Lunatic asylums Central Provinces reports 1874-1885 - 1874-1885
Year: 1874
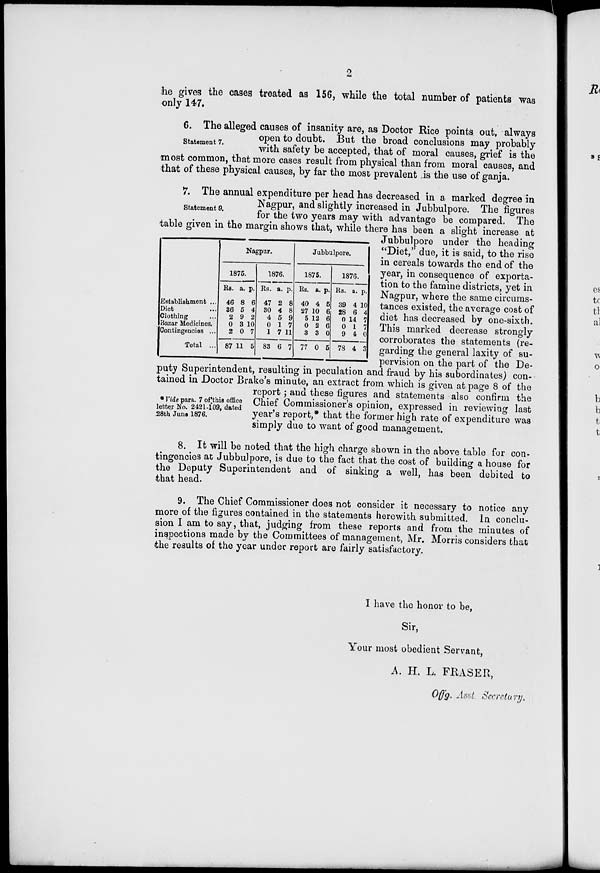
2
he gives the cases treated as 156, while the total number of patients was
only 147.
Statement 7.
6. The alleged causes of insanity are, as Doctor Rice points out, always
open to doubt. But the broad conclusions may probably
with
safety
be
accepted, that of moral causes, grief is the
most common, that more cases result from physical than from moral causes, and
that of these physical causes, by far the most prevalent is the use of ganja.
Statement 9.
Establishment ...
Diet ...
Clothing ...
Bazar Medicines.
Contingencies ...
Total ...
Nagpur.
1875.
Rs.
46
36
2
0
2
87
a.
8
5
9
3
0
11
p.
6
4
2
10
7
5
1876.
Rs.
47
30
4
0
1
83
a.
2
4
5
1
7
6
p.
8
8
9
7
11
7
Jubbulpore.
1875.
Rs.
40
27
5
0
3
77
a.
4
10
12
2
3
0
p.
5
6
6
6
0
5
1876.
Rs.
39
28
0
0
9
78
a.
4
6
14
1
4
4
p.
10
4
7
7
0
3
* Vide para. 7 of this office
letter No. 2421-109, dated
28th June 1876.
7. The annual expenditure per head has decreased in a marked degree in
Nagpur, and slightly increased in Jubbulpore. The figures
for the two years may with advantage be compared. The
table given in the margin shows that, while there has been a slight increase at
Jubbulpore under the heading
"Diet," due, it is said, to the rise
in cereals towards the end of the
year, in consequence of exporta-
tion to the famine districts, yet in
Nagpur, where the same circums-
tances existed, the average cost of
diet has decreased by one-sixth.
This marked decrease strongly
corroborates the statements (re-
garding the general laxity of su-pervision o
puty Superintendent, resulting in peculation and fraud by his subordinates) con-
tained in Doctor Brake's minute, an extract from which is given at page 8 of the
report ; and these figures and statements also confirm the
Chief Commissioner's opinion, expressed in reviewing last
year's report,* that the former high rate of expenditure was
simply due to want of good management.
8. It will be noted that the high charge shown in the above table for con-
tingencies at Jubbulpore, is due to the fact that the cost of building a house for
the Deputy Superintendent and of sinking a well, has been debited to
that head.
9. The Chief Commissioner does not consider it necessary to notice any
more of the figures contained in the statements herewith submitted. In conclu-
sion I am to say, that, judging from these reports and from the minutes of
inspections made by the Committees of management, Mr. Morris considers that
the results of the year under report are fairly satisfactory.
I have the honor to be,
Sir,
Your most obedient Servant,
A. H. L. FRASER,
Of f g. Asst Secretary.